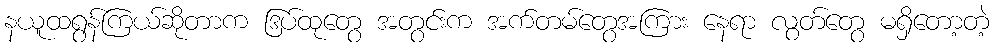
နယူထရွန်ကြယ်ဆိုတာက ဒြပ်ထုတွေ အတွင်းက အက်တမ်တွေအကြား နေရာ လွတ်တွေ မရှိတော့တဲ့